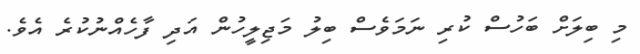
މި ބިލަށް ބަހުސް ކުރި ނަމަވެސް ބިލު މަޖިލީހުން އަދި ފާހެއްނުކުރެ އެވެ.